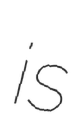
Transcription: is